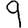
Digit: 9